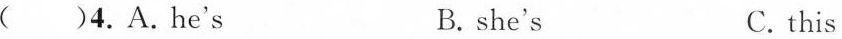
( )4.A.He's B. she's C.this